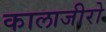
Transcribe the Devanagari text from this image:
कालाजीरो